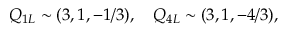
Q _ { 1 L } \sim ( 3 , 1 , - 1 / 3 ) , ~ ~ ~ Q _ { 4 L } \sim ( 3 , 1 , - 4 / 3 ) ,